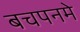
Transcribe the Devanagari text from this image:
बचपनमे